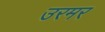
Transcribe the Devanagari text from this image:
उरमर